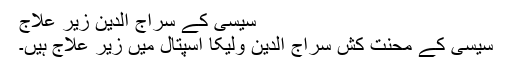
سیسی کے سراج الدین زیر علاج
سیسی کے محنت کش سراج الدین ولیکا اسپتال میں زیر علاج ہیں۔